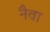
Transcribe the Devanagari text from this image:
नैवा